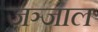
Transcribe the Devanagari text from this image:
जञ्जाल